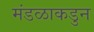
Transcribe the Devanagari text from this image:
मंडळाकडुन